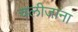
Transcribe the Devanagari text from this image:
चलीजाना